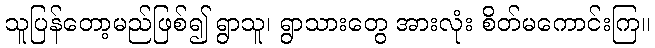
သူပြန်တော့မည်ဖြစ်၍ ရွာသူ၊ ရွာသားတွေ အားလုံး စိတ်မကောင်းကြ။